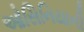
ઓસિનિયાની